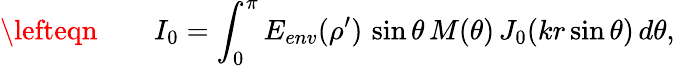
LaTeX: \begin{array}{rlr}{\lefteqn{}}&{{}}&{\displaystyle{I_{0}=\int_{0}^{\pi}E_{env}(\rho^{\prime})\, \sin{\theta}\, M(\theta)\, J_{0}(kr\sin{\theta})\, d\theta},}\end{array}